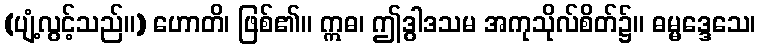
(ပျံ့လွင့်သည်။) ဟောတိ၊ ဖြစ်၏။ ဣဓ၊ ဤဒွါဒသမ အကုသိုလ်စိတ်၌။ ဓမ္မဒ္ဒေသေ၊